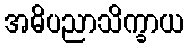
အဓိပညာသိက္ခာယ